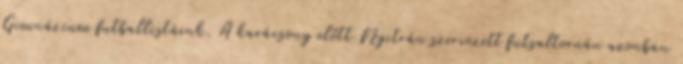
Gimnázium futballistáink. A karácsony előtt Nyitrán szervezett futsaltornán azonban